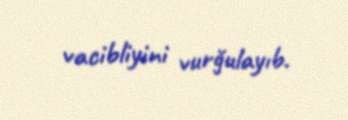
vacibliyini vurğulayıb.